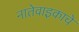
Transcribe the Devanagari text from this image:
नातेवाइकाचे